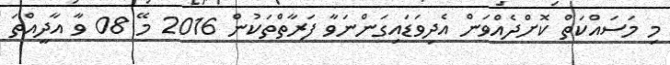
މި މަސައްކަތް ކޮށްދެއްވަން އެދިވަޑައިގަންނަވާ ފަރާތްތަކުން 2016 މޭ 08 ވާ އާދީއްތަ